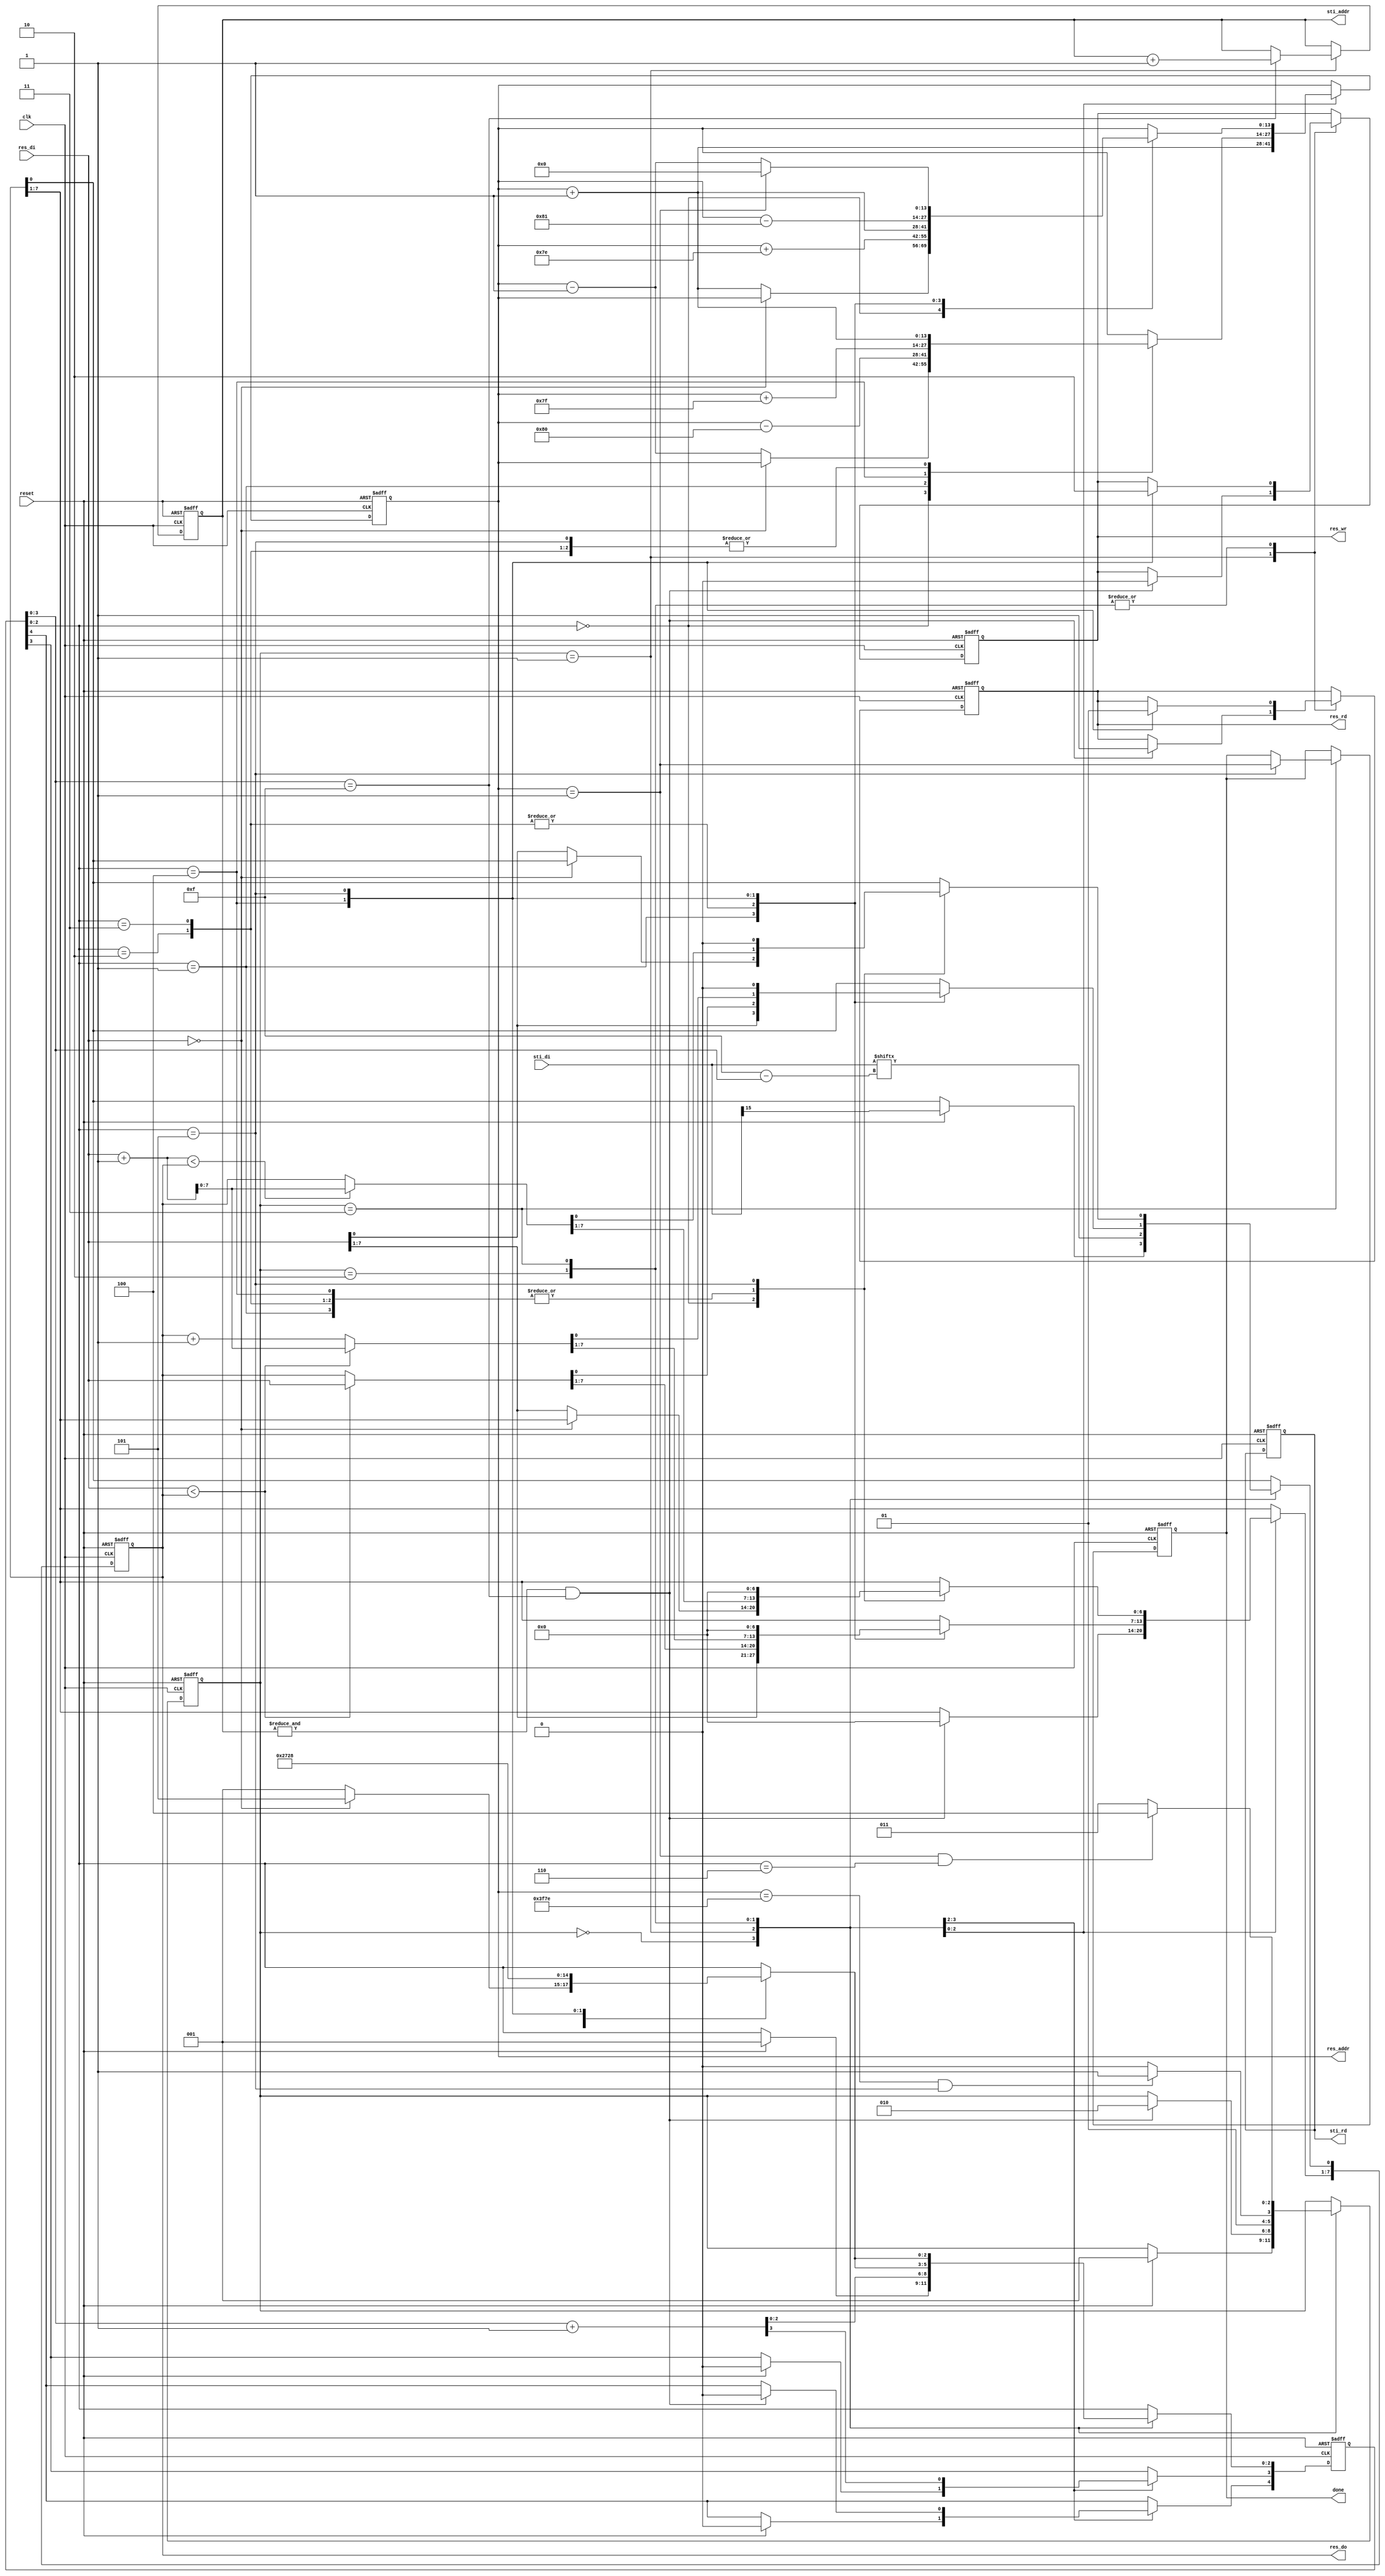
module DT (
    input    clk,
    input   reset,
    output  reg done ,
    output  reg sti_rd ,
    output reg [9:0] sti_addr ,
    input  [15:0] sti_di,
    output  reg res_wr ,
    output  reg res_rd ,
    output  reg [13:0] res_addr ,
    output  reg [7:0] res_do,
    input  [7:0] res_di
  );
  parameter START = 0, DATA_MOVE = 1, FORWARD = 2, BACKWARD = 3 ,DONE = 4;
  reg [2:0] cs;

  reg [4:0]cnt;
  //cs
  always @(posedge clk or negedge reset)
  begin
    if (!reset)
    begin
      cs <= START;
      done <= 0;
      sti_rd <= 1;
      sti_addr <= 0;
      res_wr <=1;
      res_rd <=0;
      res_addr <=0;
      res_do <= 0;
      cnt <= 0;
    end
    else
    case (cs)
      START:
      begin
        if(reset)begin
          cs <= DATA_MOVE;
          res_do[0] <= sti_di[15];
          cnt <= 1;
        end
      end
      DATA_MOVE:
      begin
        if(&sti_addr && cnt[3:0] ==15)begin
          cs <=  FORWARD;
          cnt <= 0;
          res_do <= 0;
          res_wr <= 0;
          res_rd <= 1;
          res_addr <= 129;
          cnt[2:0]<=0;
        end

        res_do[0] <= sti_di[15-cnt[3:0]];
        res_addr <= res_addr + 1;
        cnt[3:0] <= cnt[3:0] +1 ;

        sti_addr <= cnt[3:0] == 15? sti_addr +1:sti_addr;
      end
      FORWARD:
      begin
        cs <= res_addr == 16254 && cnt[2:0] == 5? BACKWARD:FORWARD;
        case (cnt[2:0])
          0:
          begin
            cnt[2:0] <= (res_di == 0)? 5:1;
            res_addr <= (res_di == 0)? res_addr: res_addr-1;
          end
          1:
          begin
            res_do <= res_di;
            res_addr <= res_addr - 128;
            cnt[2:0] <= 2;
          end
          2:
          begin
            res_do <= (res_di < res_do)? res_di:res_do;
            res_addr <= res_addr +1;
            cnt[2:0] <=3;
          end
          3:
          begin
            res_do <= (res_di < res_do)? res_di:res_do;
            res_addr <= res_addr +1;
            cnt[2:0] <=4;
          end
          4:
          begin
            res_do <= (res_di < res_do)? res_di+1:res_do+1;
            res_addr <= res_addr +127;
            res_rd <= 0;
            res_wr <= 1;
            cnt[2:0]<= 5;
          end
          5:
          begin
            if(res_addr == 16254)begin
              res_do <= 0;
              res_wr <= 0;
              res_rd <= 1;
              res_addr <= 16254;
              cnt[2:0] <=0;
            end
            res_do <= 0;
            res_rd <= 1;
            res_wr <= 0;
            res_addr <= res_addr +1;
            cnt[2:0] <= 0;
          end
        endcase
      end
      BACKWARD:
      begin
        cs <= (res_addr == 1)&&cnt[2:0] == 6? DONE:BACKWARD;
        case (cnt[2:0])
          0:
          begin
            if(res_di == 0)begin
              cnt[2:0] <=  5;
            end
            else begin 
              res_do <= res_di;
              res_addr <= res_addr +1;
              cnt[2:0] <= 1;
            end
          end
          1:
          begin
            res_do <= (res_di+1<res_do)? res_di+1 : res_do;
            res_addr <= res_addr + 126;
            cnt[2:0] <= 2;
          end
          2:
          begin
            res_do <= (res_di+1<res_do)? res_di+1 : res_do;
            res_addr <= res_addr + 1;
            cnt[2:0] <= 3;
          end
          3:
          begin
            res_do <= (res_di+1<res_do)? res_di+1 : res_do;
            res_addr <= res_addr + 1;
            cnt[2:0] <= 4;
          end
          4:
          begin
            res_do <= (res_di+1<res_do)? res_di+1 : res_do;
            res_addr <= res_addr - 129;
            res_wr <= 1;
            res_rd <= 0;
            cnt[2:0] <= 5;
          end
          5:
          begin
            res_do <= 0;
            res_addr <= (res_addr == 1)? 0:res_addr - 1;
            res_rd <= 1;
            res_wr <= 0;
            cnt[2:0] <= 0;
            done <= (res_addr == 1);
          end
        endcase
      end
    endcase
  end
endmodule